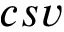
c s v